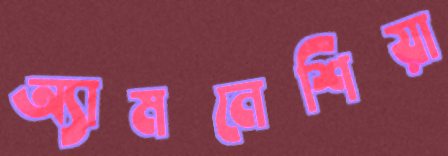
অ্যামনেশিয়া